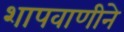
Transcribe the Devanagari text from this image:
शापवाणीने